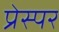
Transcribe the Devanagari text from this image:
प्रेस्पर